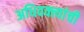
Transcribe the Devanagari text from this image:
अधिवक्त्यांची